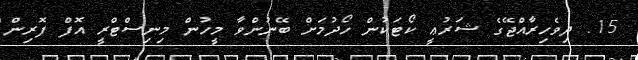
15. ދިވެހިރާއްޖޭގެ ޝަރުޢީ ކޯޓަކުން ހޯދުމަށް ބޭނުންވާ މީހުން މިނިސްޓްރީ އޮފް ފޮރިން